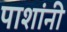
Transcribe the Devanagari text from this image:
पाशांनी